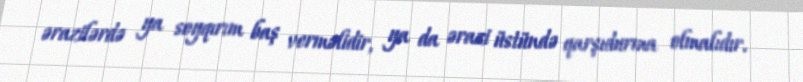
ərazilərdə ya soyqırım baş verməlidir, ya da ərazi üstündə qarşıdurma olmalıdır.